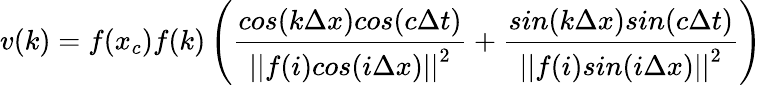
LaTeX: v(k)=f(x_{c})f(k)\left(\frac{cos(k\Delta x)cos(c\Delta t)}{{||f(i)cos(i\Delta x)||}^{2}}+\frac{sin(k\Delta x)sin(c\Delta t)}{{||f(i)sin(i\Delta x)||}^{2}}\right)